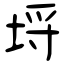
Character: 埒